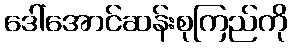
ဒေါ်အောင်ဆန်းစုကြည်ကို